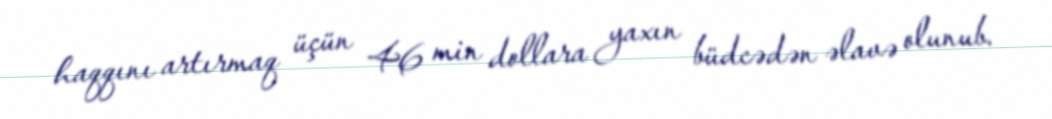
haqqını artırmaq üçün 46 min dollara yaxın büdcədən əlavə olunub.